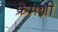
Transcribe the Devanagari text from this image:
फ्रेमशी